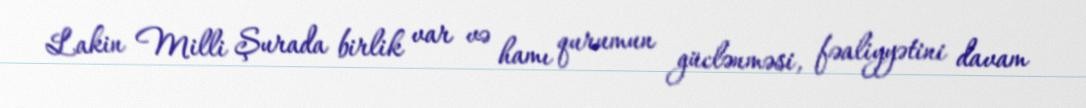
Lakin Milli Şurada birlik var və hamı qurumun güclənməsi, fəaliyyətini davam